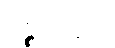
ပဉ္စကင်္ဂေါ